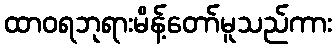
ထာဝရဘုရားမိန့်တော်မူသည်ကား